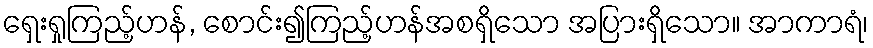
ရှေးရှုကြည့်ဟန်, စောင်း၍ကြည့်ဟန်အစရှိသော အပြားရှိသော။ အာကာရံ၊